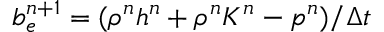
b _ { e } ^ { n + 1 } = ( \rho ^ { n } h ^ { n } + \rho ^ { n } K ^ { n } - p ^ { n } ) / \Delta t